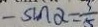
- 5 \sin \alpha = \frac { 3 } { 5 }